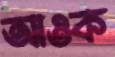
আওক